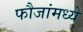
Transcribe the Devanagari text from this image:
फौजांमध्ये